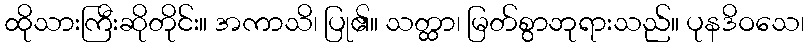
ထိုသားကြီးဆိုတိုင်း။ အကာသိ၊ ပြု၏။ သတ္ထာ၊ မြတ်စွာဘုရားသည်။ ပုနဒိဝသေ၊